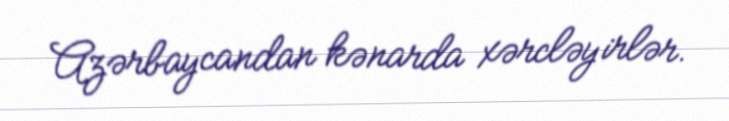
Azərbaycandan kənarda xərcləyirlər.